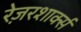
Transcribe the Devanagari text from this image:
रेज़रशार्क्स